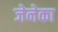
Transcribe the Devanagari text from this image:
जेनेका